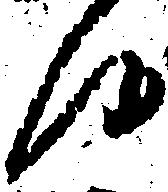
候